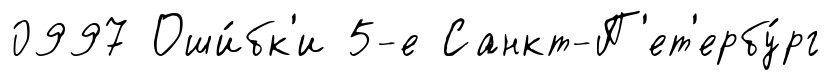
0997 Оши́бк'и 5-е Санкт-П'ет'ербу́рг